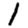
Digit: 1